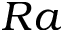
R a